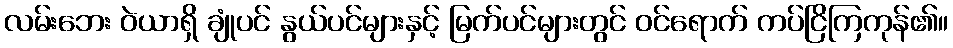
လမ်းဘေး ဝဲယာရှိ ချုံပင် နွယ်ပင်များနှင့် မြက်ပင်များတွင် ဝင်ရောက် ကပ်ငြိကြကုန်၏။